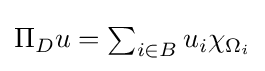
{\textstyle \Pi _{D}u=\sum _{i\in B}u_{i}\chi _{\Omega _{i}}}